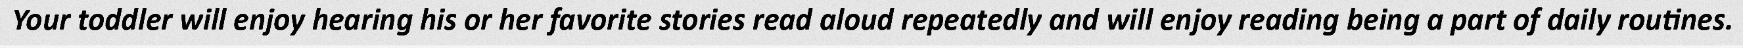
Your toddler will enjoy hearing his or her favorite stories read aloud repeatedly and will enjoy reading being a part of daily routines.